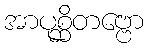
အာပုစ္ဆိတဗ္ဗော